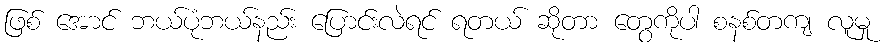
ဖြစ် အောင် ဘယ်ပုံဘယ်နည်း ပြောင်းလဲရင် ရတယ် ဆိုတာ တွေကိုပါ စနစ်တကျ လူမှု